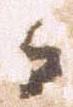
而